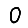
Digit: 0